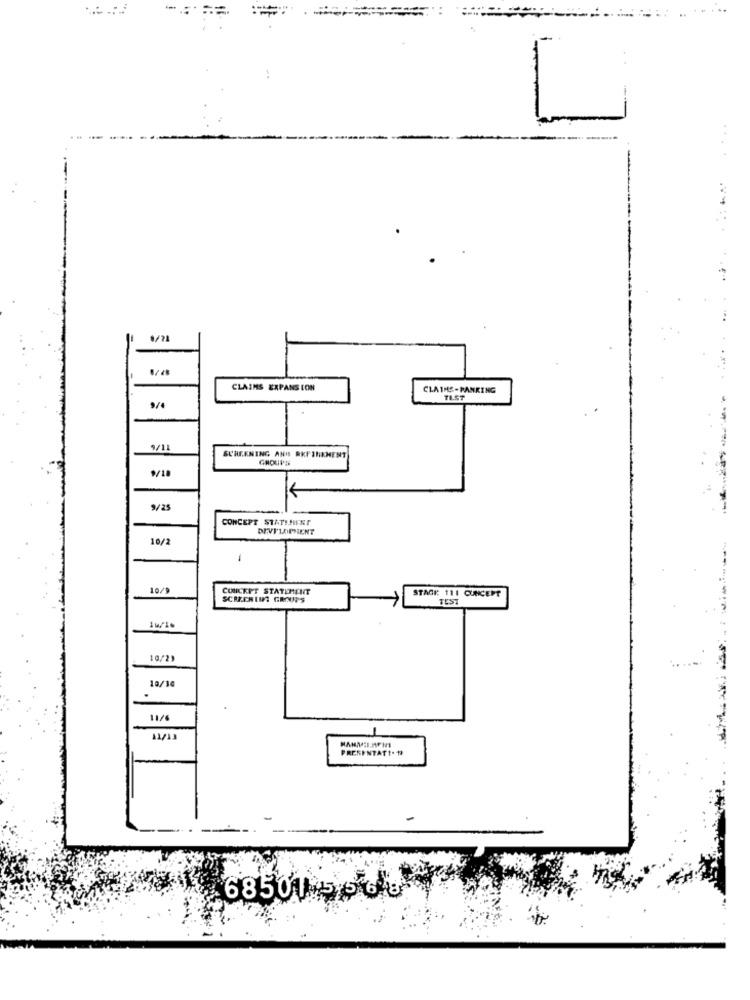
1
0/21
CLAIMS EXPANS CON
CLAIMS -PANKING
TEST
9/4
9/11
SCREENING AND RRFINEMENT
GROUPS
9/18
9/25
CONCEPT STATEMENT
DEVI'LOPIENT
------
10/2
10/9
CONCEPT STATEMENT
STAGK 111 CONCEPT
SCRECHINT GROUPS
TEST
10/29
10/10
.
11/6
PRESENTATE. TI
68501 5/5 6 8